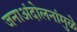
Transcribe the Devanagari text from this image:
जनाअंदोलनांमुळे